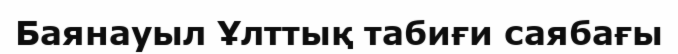
Баянауыл Ұлттық табиғи саябағы